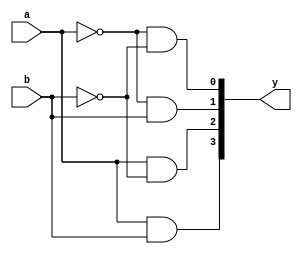
`timescale 1ns / 1ps
/********************************************************************************************

Filename    :	   Decoder2to4.v  

Description :      Design of 2:4 Decoder using Dataflow model

Author Name :      Lakshmi Ummidi

Version     :      1.0
*********************************************************************************************/
module Decoder2to4(a, b, y);

input a, b;
output [3:0]y;

assign y[0] = ~a & ~b;
assign y[1] = ~a & b;
assign y[2] = a & ~b;
assign y[3] = a & b;
endmodule